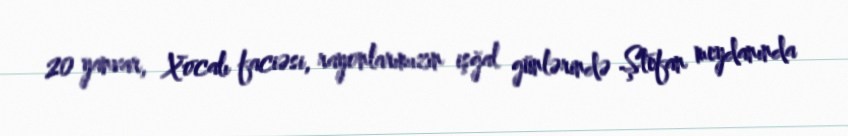
20 yanvar, Xocalı faciəsi, rayonlarımızın işğal günlərində Ştefan meydanında